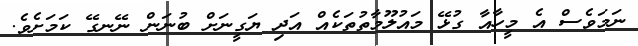
ނަމަވެސް އެ މީހާއާ ގުޅޭ މައުލޫމާތުތަކެއް އަދި ޔަގީނަށް ބުނަން ނޭނގޭ ކަމަށެވެ.